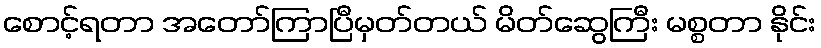
စောင့်ရတာ အတော်ကြာပြီမှတ်တယ် မိတ်ဆွေကြီး မစ္စတာ နိုင်း